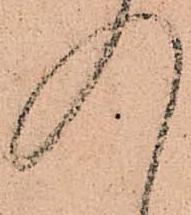
入